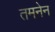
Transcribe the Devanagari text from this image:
तमनेन